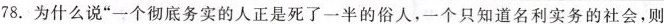
78.为什么说“一个彻底务实的人正是死了一半的俗人，一个只知道名利实务的社会，则